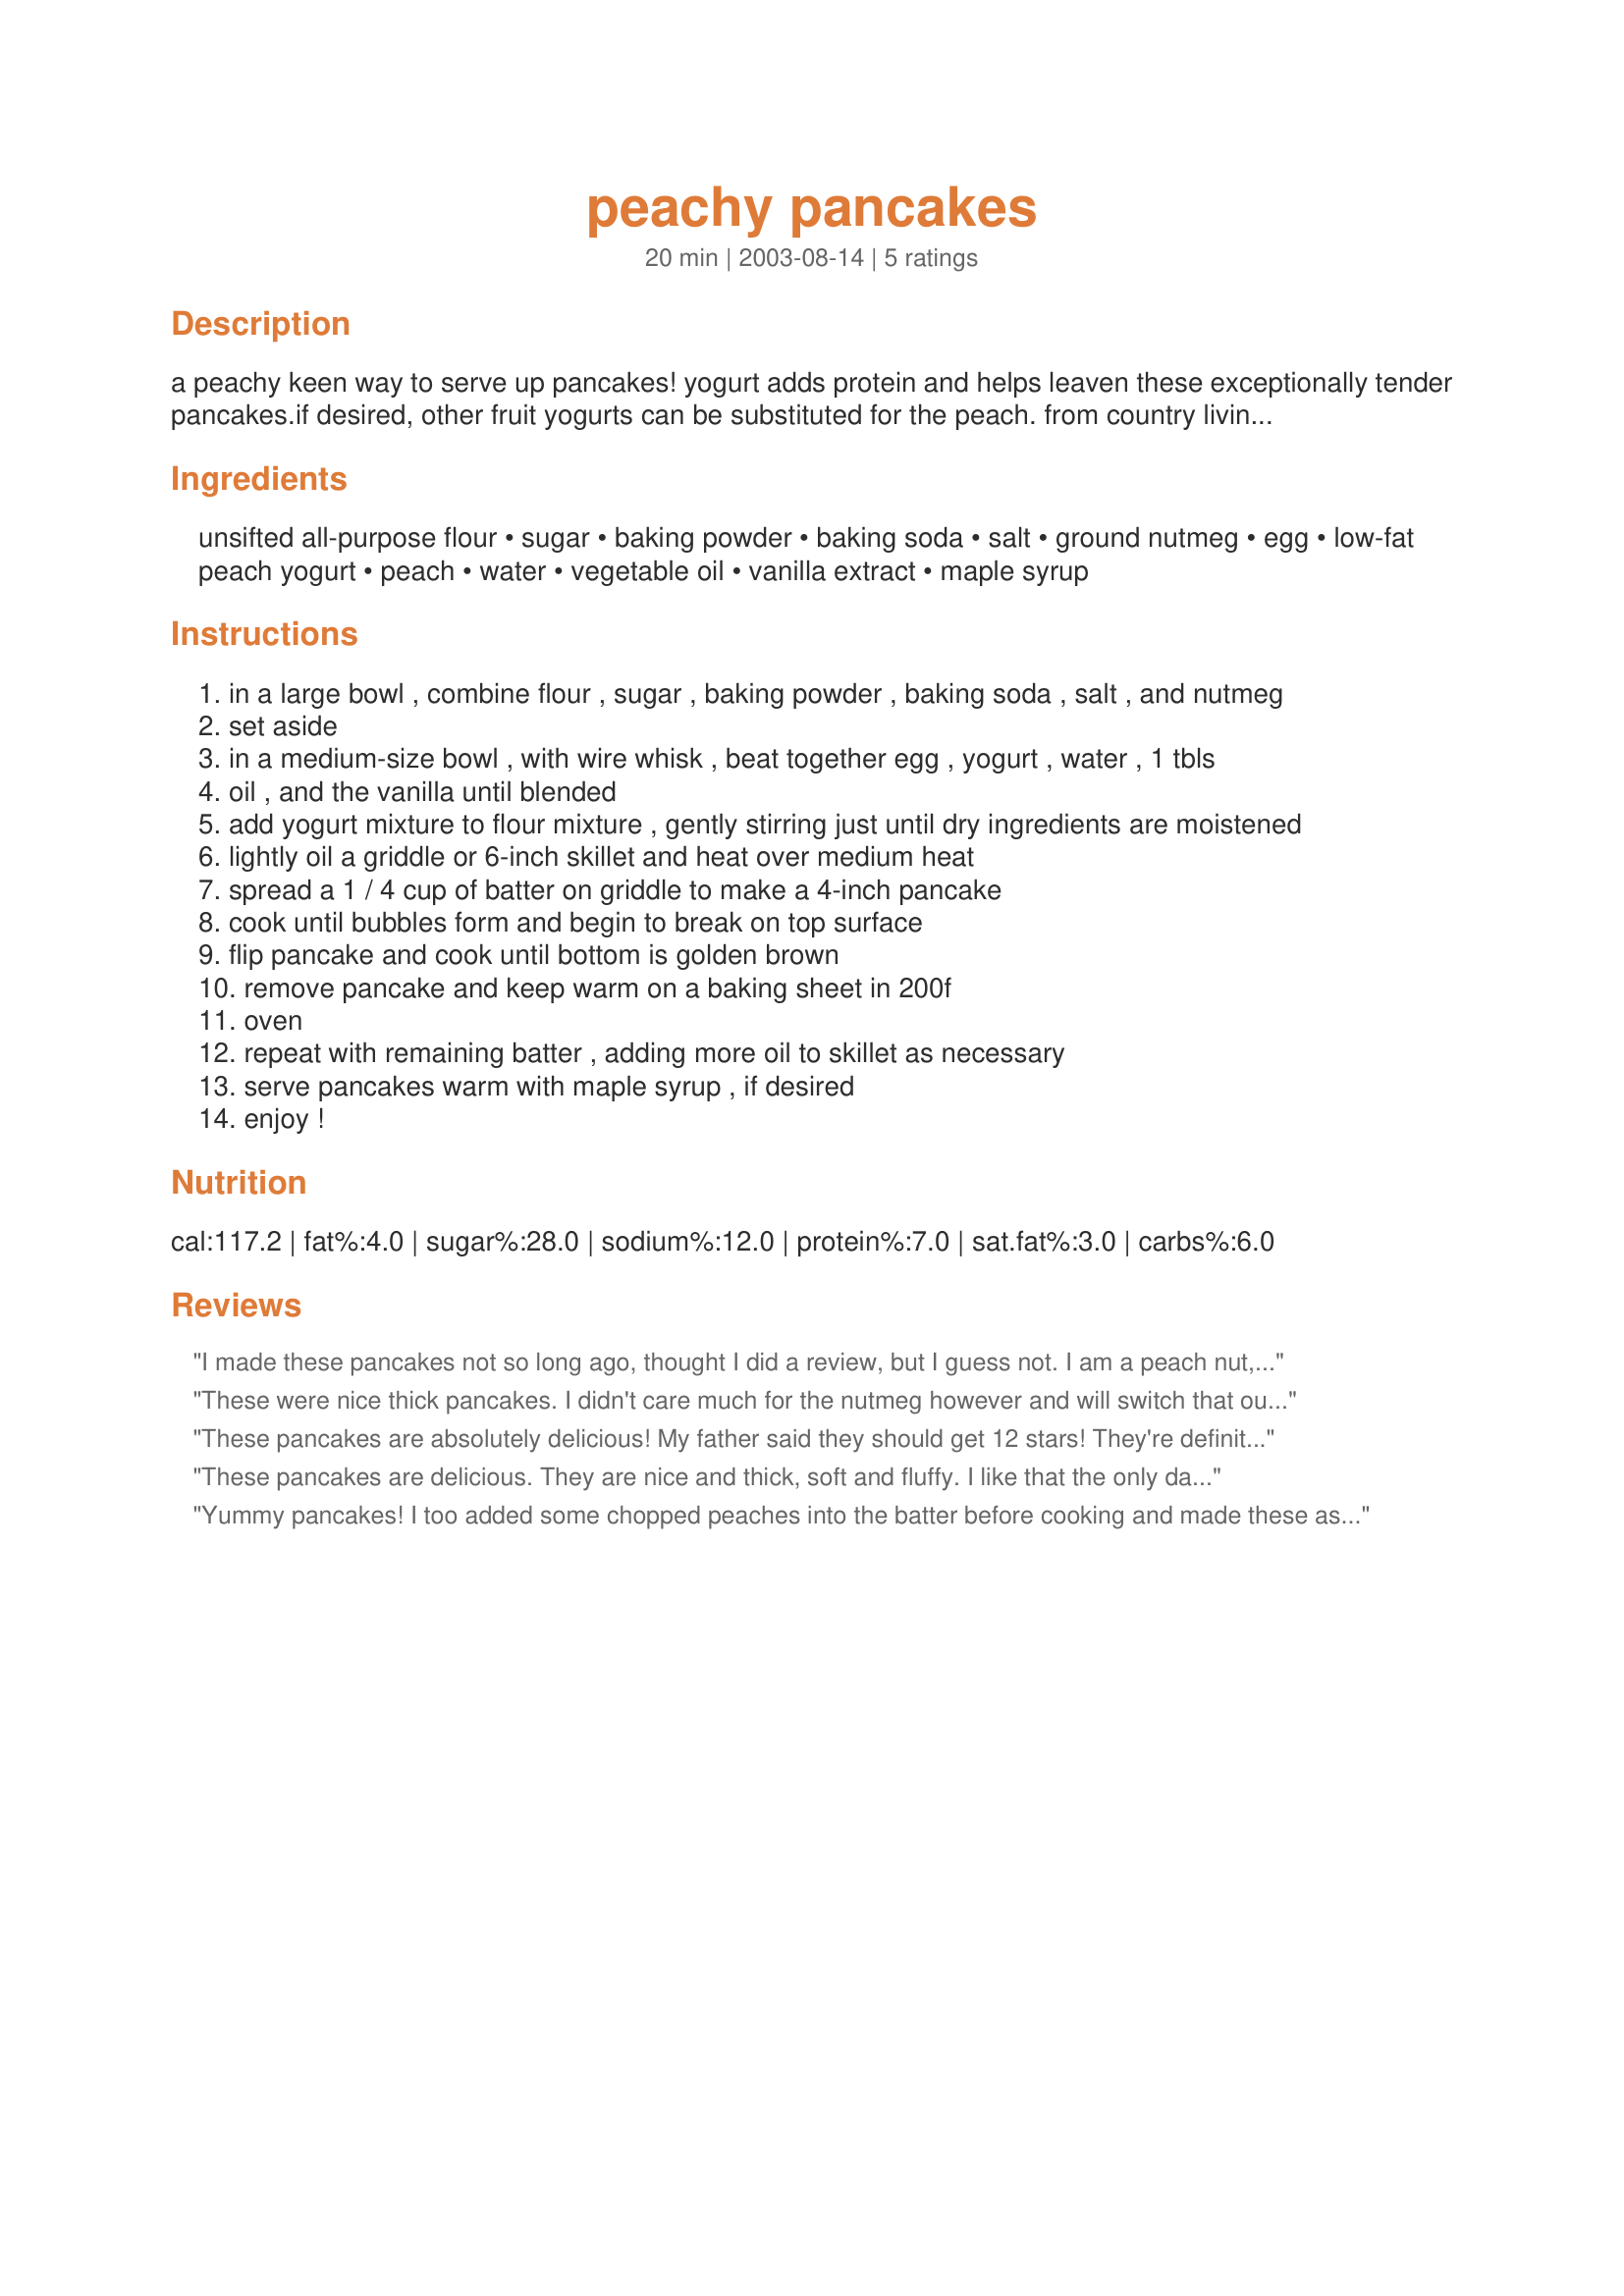
peachy pancakes
Preparation time: 20 minutes

a peachy keen way to serve up pancakes! yogurt adds protein and helps leaven these exceptionally tender pancakes.if desired, other fruit yogurts can be substituted for the peach. from country living magazine.

Ingredients:
unsifted all-purpose flour, sugar, baking powder, baking soda, salt, ground nutmeg, egg, low-fat peach yogurt, peach, water, vegetable oil, vanilla extract, maple syrup

Steps:
in a large bowl , combine flour , sugar , baking powder , baking soda , salt , and nutmeg
set aside
in a medium-size bowl , with wire whisk , beat together egg , yogurt , water , 1 tbls
oil , and the vanilla until blended
add yogurt mixture to flour mixture , gently stirring just until dry ingredients are moistened
lightly oil a griddle or 6-inch skillet and heat over medium heat
spread a 1 / 4 cup of batter on griddle to make a 4-inch pancake
cook until bubbles form and begin to break on top surface
flip pancake and cook until bottom is golden brown
remove pancake and keep warm on a baking sheet in 200f
oven
repeat with remaining batter , adding more oil to skillet as necessary
serve pancakes warm with maple syrup , if desired
enjoy !

Reviews:
I made these pancakes not so long ago, thought I did a review, but I guess not. I am a peach nut, so anything with peaches I love! These were wonderful. Very, very good, light and fluffy. I will be making these again and again. I bet these would be good with almost any flavor of yogurt. Thanks so much for this recipe, what a KEEPER!
These were nice thick pancakes. I didn't care much for the nutmeg however and will switch that out with cinnamon next time. We topped these with peach slices and peach syrup - for a really peachy pancake.
These pancakes are absolutely delicious! My father said they should get 12 stars! They're definitely a great way to get your fill of peaches during peach season. I used Peach soy yogurt for dietary reasons, and did opt to add a chopped peach. It didn't say in the directions whether the peach should be added to the batter or just served on top of the pancakes, so I chose to fold it into the batter right before grilling the pancakes, and that worked out great. I can't wait to try this with other fruits and other flavored yogurts! Thanks for a great recipe, Sharon!
These pancakes are delicious. They are nice and thick, soft and fluffy. I like that the only dairy in here is the yogurt and that the water replaces where milk would be in other recipes. I also liked the ground nutmeg here. I used freshly ground. I added the chopped peach which made them burst with peachy flavour. Yum! Thanks Sharon!
Yummy pancakes! I too added some chopped peaches into the batter before cooking and made these as directed.Would like to try with other yogurts and fruits also, strawberries, blueberries and raspberries all come to mind....lots of possibilities! Thanks Sharon, this recipe is now no longer a "One hit wonder!"lol!:)
